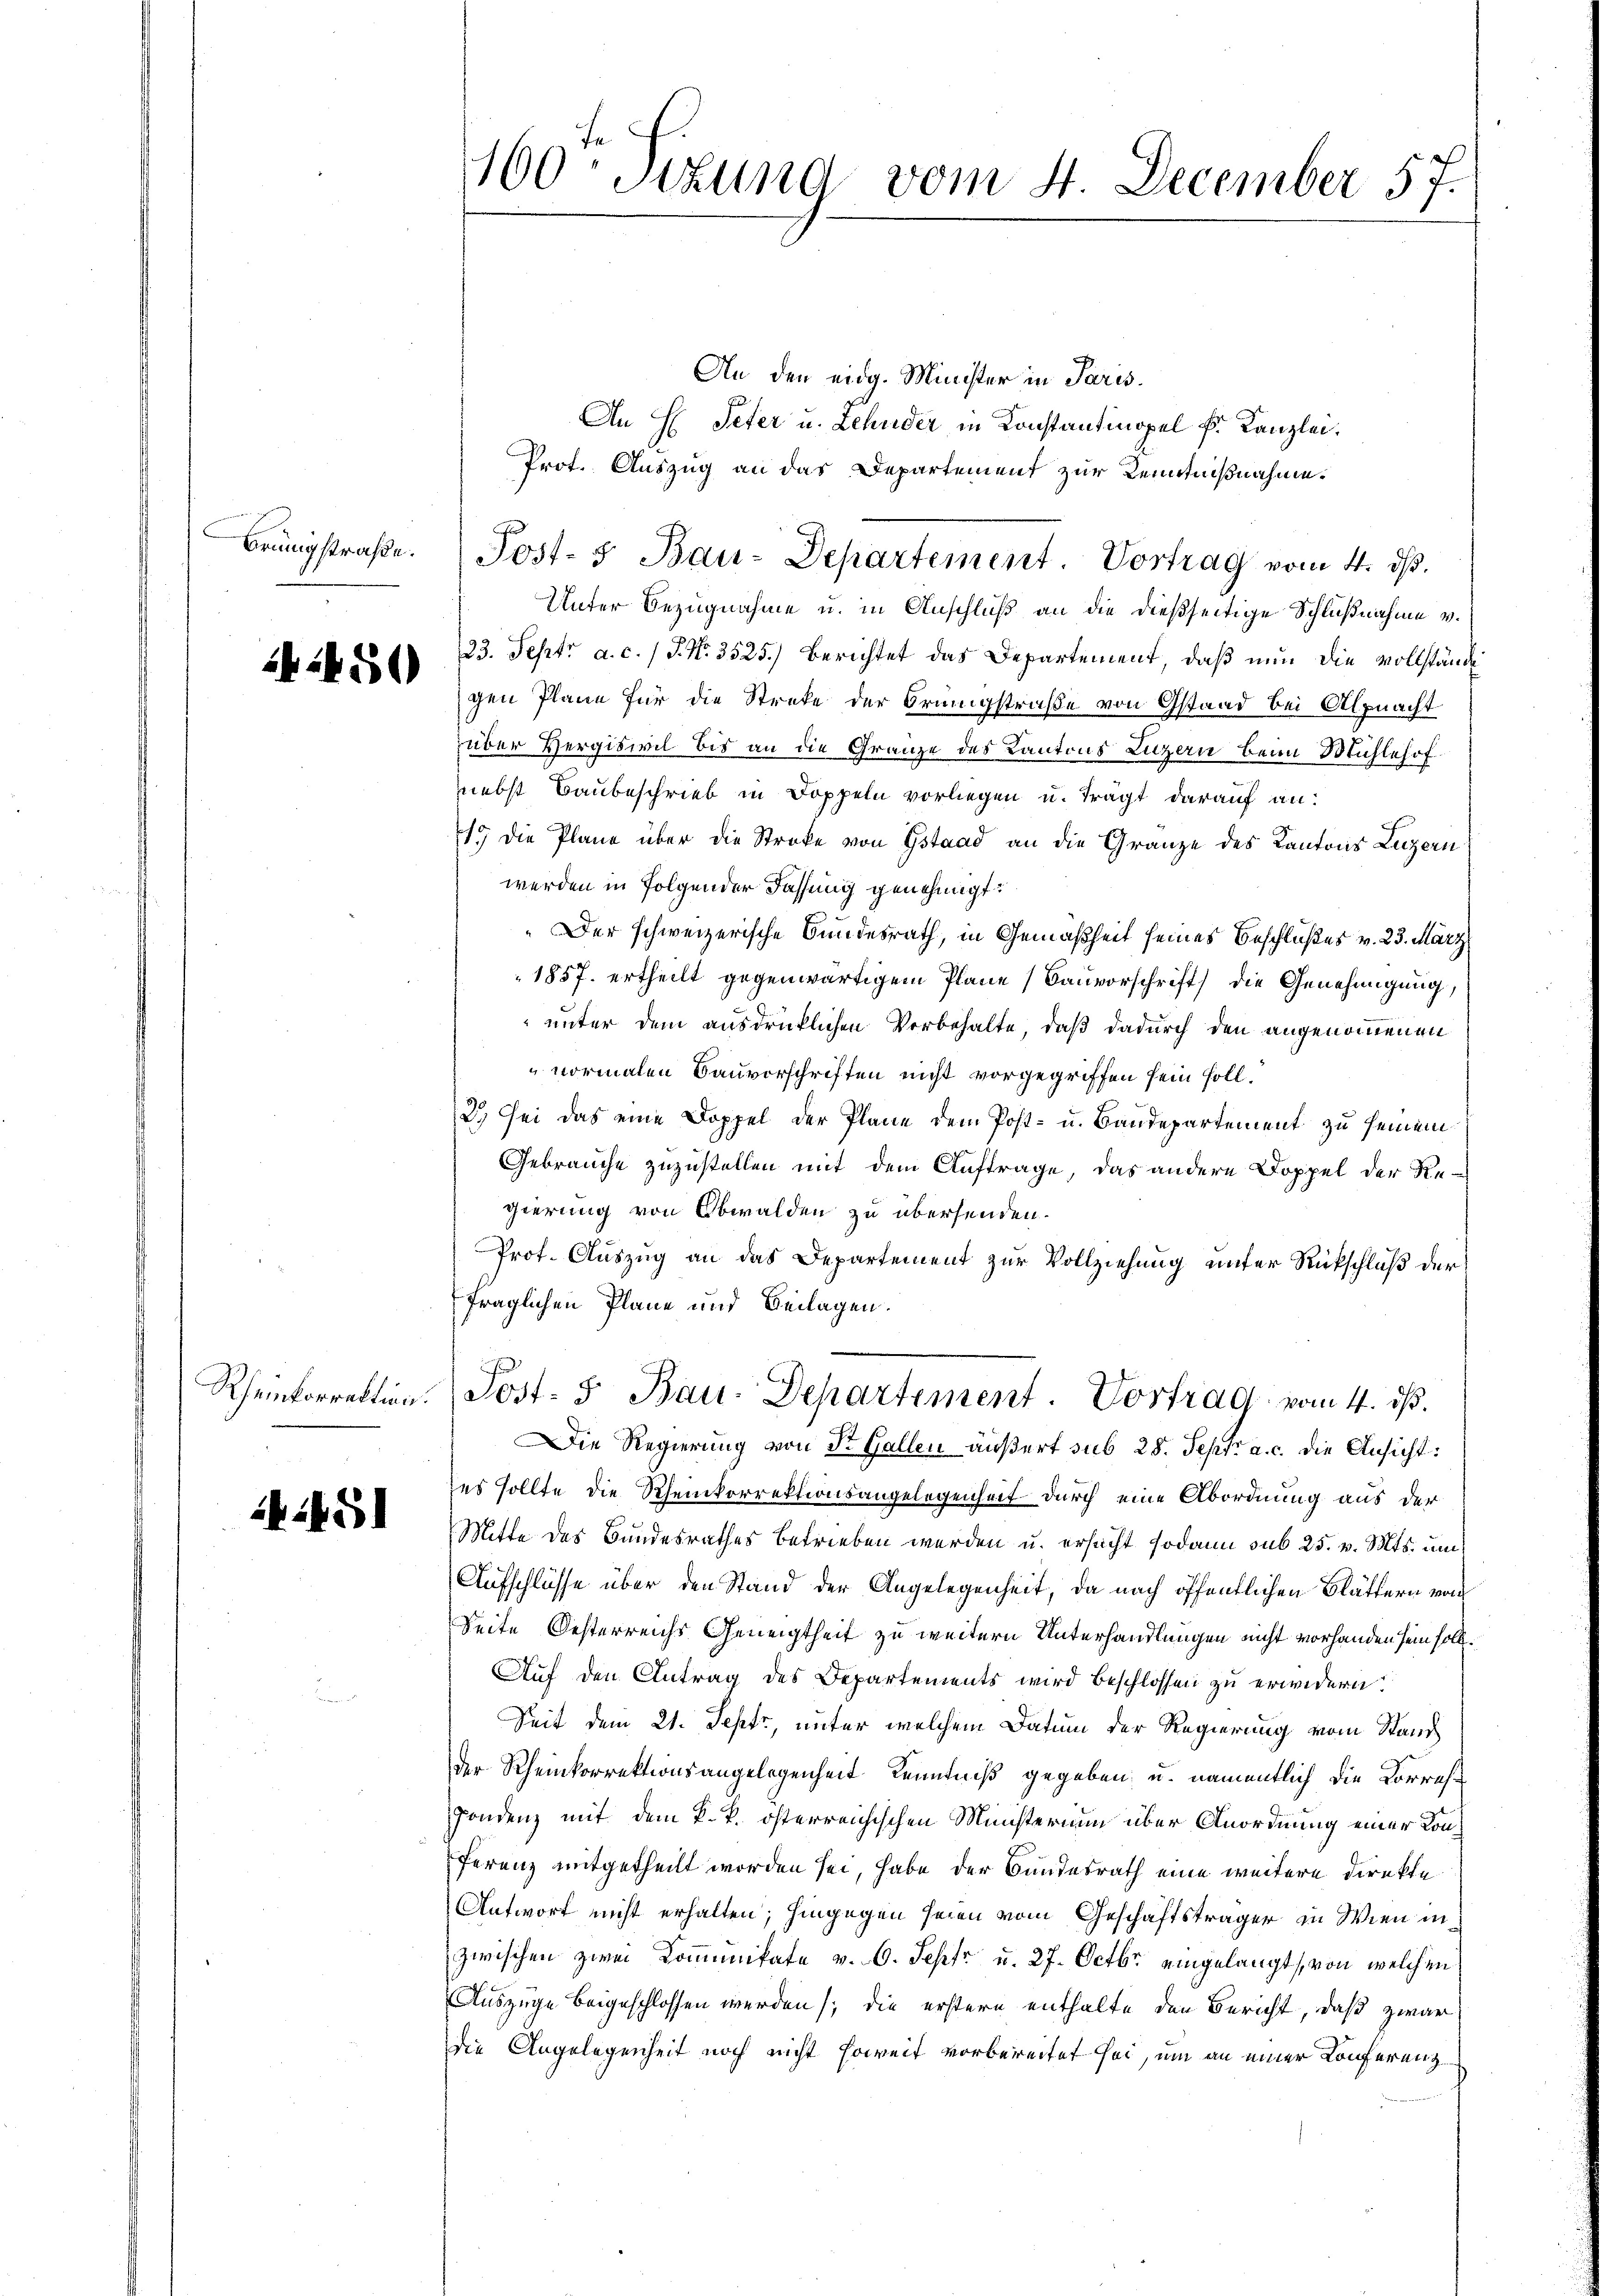
Brünigstraße.

242450

1451

An den eidg. Minister in Paris.
An H. Peter u. Lehnder in Konstantinopel k. Kanzlei.
Prot. Auszug an das Departement zur Kenntnißnahme.
Unter Bezugnahme u. in Anschluß an die dießseitige Schlußnahme v.
23. Sept. a. c. 1 S. Nr. 3525.) Berichtet das Departement, daß nun die vollstände
gen Plane für die Streke der Brüngstraße von Gstand bei Alpnacht
über Vergiswil bis an die Gränze des Kantons Luzern beim Mühlehofnebst Baubeschrieb in Doppeln vorliegen u. tragt darauf an:
1.) Die Pläne über die Stroke von Gstaad an die Gränze des Kantons Luzern
werden in Folgender Fassung genehmigt.
Der schweizerische Bundesrath, in Gemäßheit seines Beschlußes v. 23. März
1857. ertheilt gegenwärtigem Plane (Bauvorschrift die Genehmigung,
unter dem ausdrücklichen Vorbehalte, daß dadurch den angenommenen
vormalen Bauvorschriften nicht vorgegriffen sein soll.
2.) Sei das eine Doppel der Plane dem Post- u. Bandepartement zu seinem
Gebrauche zuzustellen mit dem Auftrage, das andere Doppel der Regierung von Obwalden zu übersenden.
Prof. Auszug an das Departement zur Vollziehung unter Rückschluß der
fraglichen Plane und Beilagen.
h
Rheinkorrektion. Jost- u Bau-Departement. Vortrag vom 4. ds.
Die Regierung von Dr. Gallen äußert sub 28. Sept. a. c. die Ansicht:
es sollte die Rheinkorrektionsangelegenheit durch eine Abordnung aus der
Mitte des Bundesrathes betrieben werden u. ersucht sodann sub 25. v. Mts. um
Aufschlüsse über den Stand der Angelegenheit, da nach öffentlichen Blättern von
Seite Oesterreichs Geneigtheit zu weitern Unterhandlungen nicht vorhanden sein soll.
Auf den Antrag des Departements wird beschlossen zu erwidern.
Seit dem 21. Sept, unter welchem Datum der Regierung vom Stand
der Rheinkorrektionsangelegenheit Kenntniß gegeben, u. namentlich die Korrech¬
Gondenz mit dem k. k. österreichischen Münsterium über Anordnung einer Konferenz mitgetheilt worden sei, habe der Bundesrath eine weitere Direkte
Antwort nicht erhalten; hingegen seien vom Geschäftsträger in Wien in
zwischen zwei Kommunikate v. 6. Septe u. 27. Octbr. eingelangt, von welchen
Auszüge beigeschlossen werden; die erstere enthalte den Bericht, daß zwar
die Angelegenheit noch nicht soweit vorbereitet sei, um an einer Konferenz

100 Stund vom 4. December 57.

Post- & Bau-Departement. Vortrag vom 4. ds.